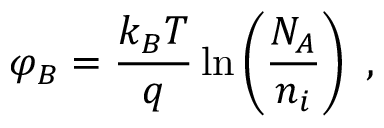
\varphi _ { B } = { \frac { k _ { B } T } { q } } \ln \left( { \frac { N _ { A } } { n _ { i } } } \right) \ ,